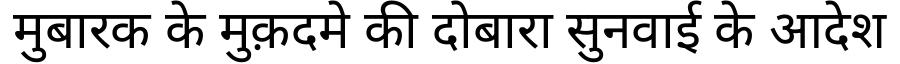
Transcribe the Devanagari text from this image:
मुबारक के मुक़दमे की दोबारा सुनवाई के आदेश